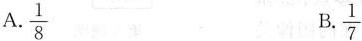
A.\frac{1}{8} B.\frac{1}{7}